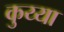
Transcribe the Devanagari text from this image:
कुय्या